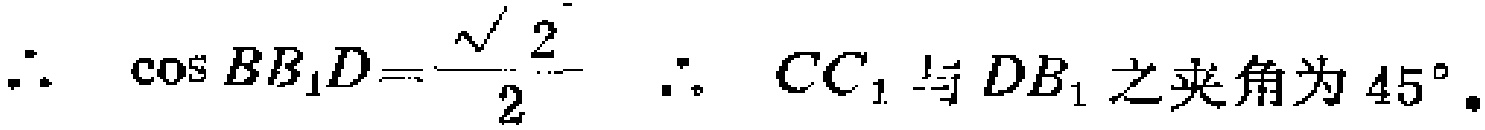
\(\therefore \cos BB_{1}D=\frac{\sqrt{2}}{2} \ \therefore CC_{1}与DB_{1}之夹角为45^{\circ}。\)